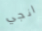
انجي